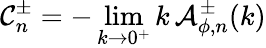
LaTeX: \mathcal{C}_{n}^{\pm}=-\operatorname*{lim}_{k\to 0^{+}}k\, \mathcal{A}_{\phi,n}^{\pm}(k)